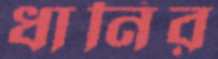
ধানির